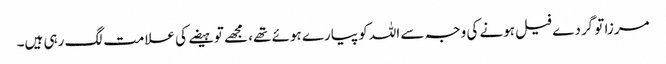
مرزا تو گردے فیل ہونے کی وجہ سے اللہ کو پیارے ہوئے تھے، مجھے تو ہیضے کی علامت لگ رہی ہیں۔